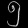
Digit: ၅